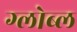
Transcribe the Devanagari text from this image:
ग्लोब्ल